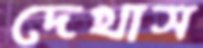
দেখাস